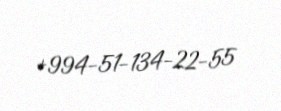
+994-51-134-22-55